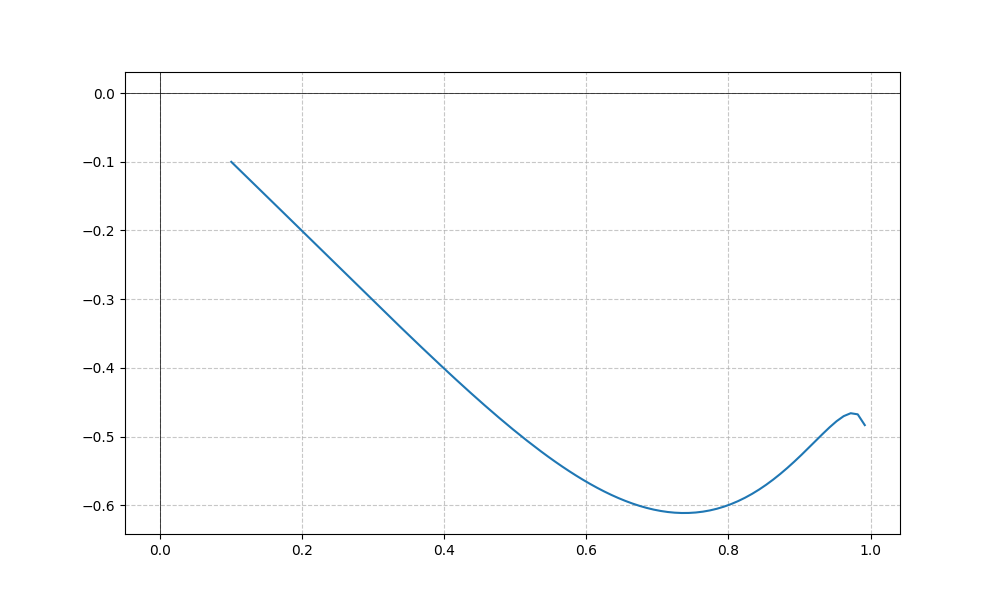
LaTeX formula: x^{5} - \operatorname{asin}{\left(x \right)}